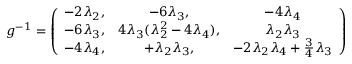
g ^ { - 1 } = \left( \begin{array} { c c c } { { - 2 \lambda _ { 2 } , } } & { { - 6 \lambda _ { 3 } , } } & { { - 4 \lambda _ { 4 } } } \\ { { - 6 \lambda _ { 3 } , } } & { { 4 \lambda _ { 3 } ( \lambda _ { 2 } ^ { 2 } - 4 \lambda _ { 4 } ) , } } & { { \lambda _ { 2 } \lambda _ { 3 } } } \\ { { - 4 \lambda _ { 4 } , } } & { { + \lambda _ { 2 } \lambda _ { 3 } , } } & { { - 2 \lambda _ { 2 } \lambda _ { 4 } + \frac 3 4 \lambda _ { 3 } } } \end{array} \right)